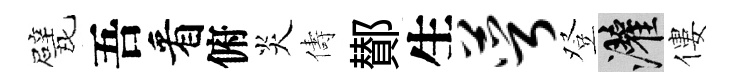
甓吾看俯炎儔鄼生萼登灌僂